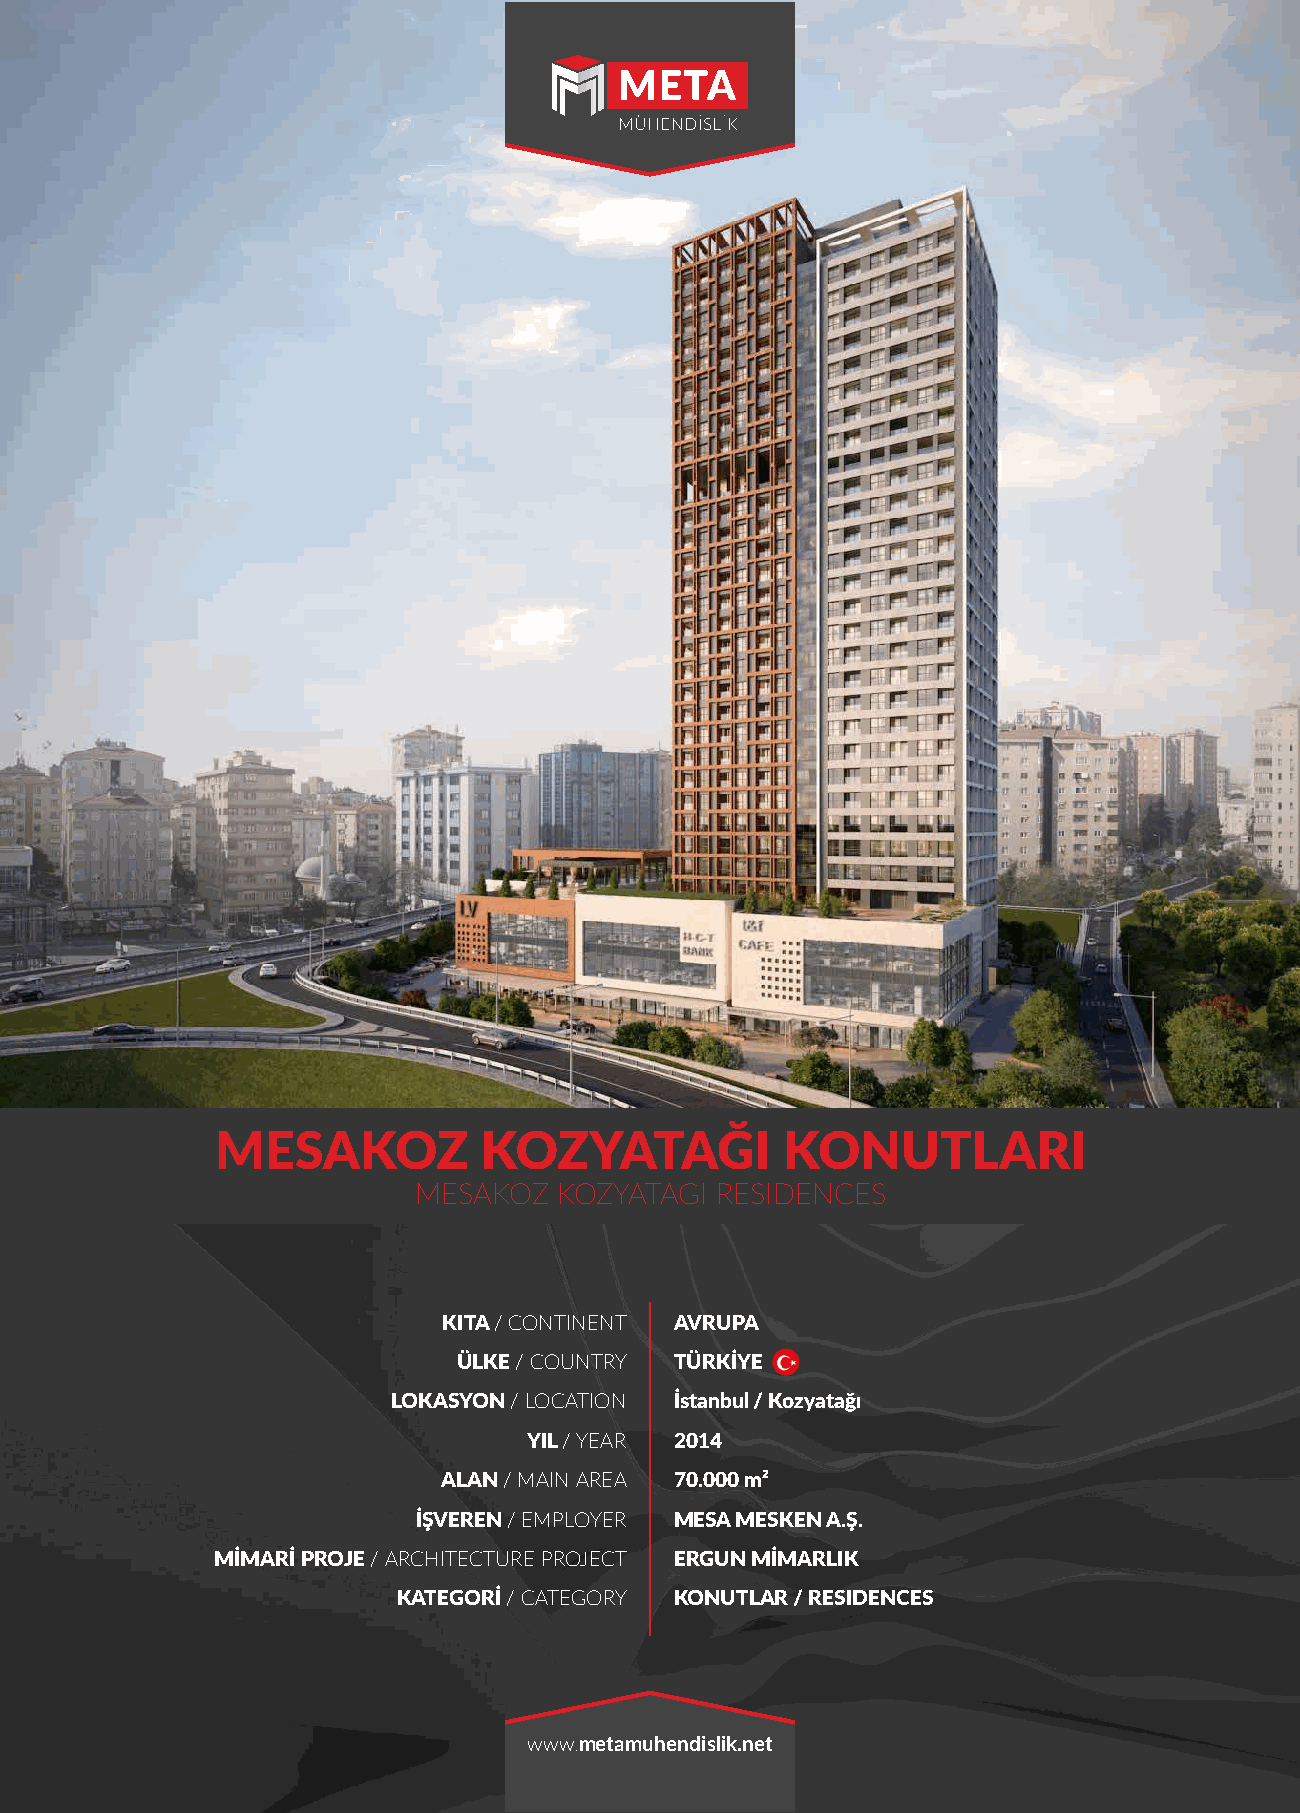
MESAKOZ           KOZYATAĞI           KONUTLARI
 MESAKOZ   KOZYATAGI RESIDENCES
 KITA / CONTINENT AVRUPA
 ÜLKE / COUNTRY TÜRKİYE
 LOKASYON / LOCATION İstanbul / Kozyatağı
 YIL / YEAR 2014
 ALAN / MAIN AREA 70.000 m²
 İŞVEREN / EMPLOYER MESA MESKEN A.Ş.
 MİMARİ PROJE / ARCHITECTURE PROJECT ERGUN MİMARLIK
 KATEGORİ / CATEGORY KONUTLAR / RESIDENCES
 www.metamuhendislik.net